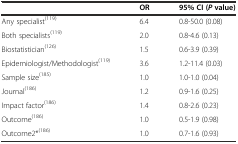
|  | OR | 95% CI (Pvalue) |
 | --- | --- | --- |
 | Any specialist(119) | 6.4 | 0.8-50.0 (0.08) |
 | Both specialists(119) | 2.0 | 0.8-4.6 (0.13) |
 | Biostatistician(126) | 1.5 | 0.6-3.9 (0.39) |
 | Epidemiologist/Methodologist(119) | 3.6 | 1.2-11.4 (0.03) |
 | Sample size(185) | 1.0 | 1.0-1.0 (0.04) |
 | Journal(186) | 1.2 | 0.9-1.6 (0.25) |
 | Impact factor(186) | 1.4 | 0.8-2.6 (0.23) |
 | Outcome(186) | 1.0 | 0.5-1.9 (0.98) |
 | Outcome2*(186) | 1.0 | 0.7-1.6 (0.93) |